Plague in India, 1896, 1897 - Volume 2
Year: 1896
Disease focus: Plague
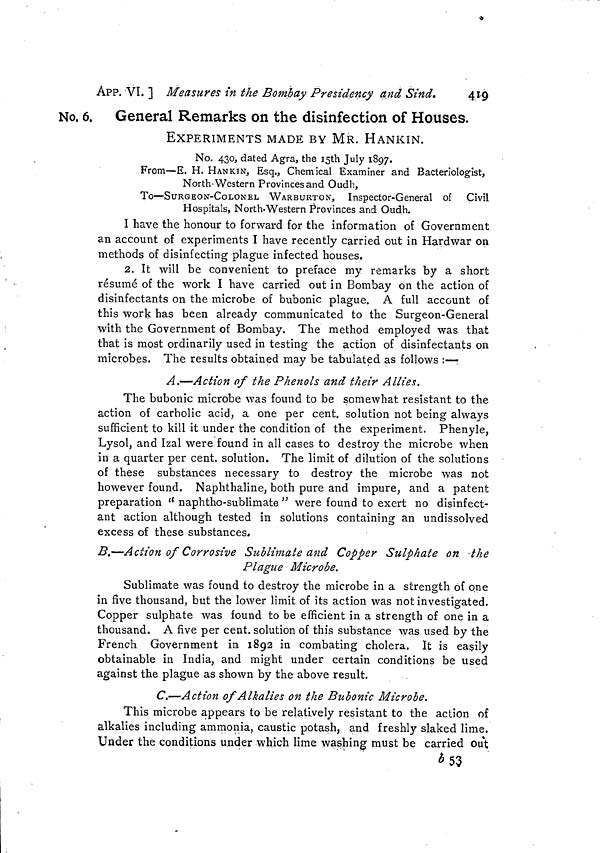
419
APP. VI. ] Measures in the Bombay Presidency and Sind.
No. 6.
General Remarks on the disinfection of Houses.
EXPERIMENTS MADE BY MR. HANKIN.
No. 430, dated Agra, the 15th July 1897.
From—E. H. HANKIN, Esq., Chemical Examiner and Bacteriologist,
North-Western Provinces and Oudh,
To—SURGEON-COLONEL WARBURTON, Inspector-General of Civil
Hospitals, North-Western Provinces and Oudh.
I have the honour to forward for the information of Government
an account of experiments I have recently carried out in Hardwar on
methods of disinfecting plague infected houses.
2. It will be convenient to preface my remarks by a short
résumé of the work I have carried out in Bombay on the action of
disinfectants on the microbe of bubonic plague. A full account of
this work has been already communicated to the Surgeon-General
with the Government of Bombay. The method employed was that
that is most ordinarily used in testing the action of disinfectants on
microbes. The results obtained may be tabulated as follows :—;
A.—Action of the Phenols and their Allies.
The bubonic microbe was found to be somewhat resistant to the
action of carbolic acid, a one per cent, solution not being always
sufficient to kill it under the condition of the experiment. Phenyle,
Lysol, and Izal were found in all cases to destroy the microbe when
in a quarter per cent, solution. The limit of dilution of the solutions
of these substances necessary to destroy the microbe was not
however found. Naphthaline, both pure and impure, and a patent
preparation '' naphtho-sublimate " were found to exert no disinfect-
ant action although tested in solutions containing an undissolved
excess of these substances.
B.—Action of Corrosive Sublimate and Copper Sulphate on the
Plague Microbe.
Sublimate was found to destroy the microbe in a strength of one
in five thousand, but the lower limit of its action was not investigated.
Copper sulphate was found to be efficient in a strength of one in a
thousand. A five per cent, solution of this substance was used by the
French Government in 1892 in combating cholera. It is easily
obtainable in India, and might under certain conditions be used
against the plague as shown by the above result.
C.—Action of Alkalies on the Bubonic Microbe.
This microbe appears to be relatively resistant to the action of
alkalies including ammonia, caustic potash, and freshly slaked lime.
Under the conditions under which lime washing must be carried out
b53